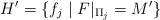
LaTeX: \begin{align*} H'= \{f_j\mid F|_{\Pi_j}=M'\} \end{align*}